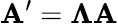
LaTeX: \mathbf{A}^{\prime}={\boldsymbol{\Lambda}}\mathbf{A}